[Report on the health of British troops in the Madras command]
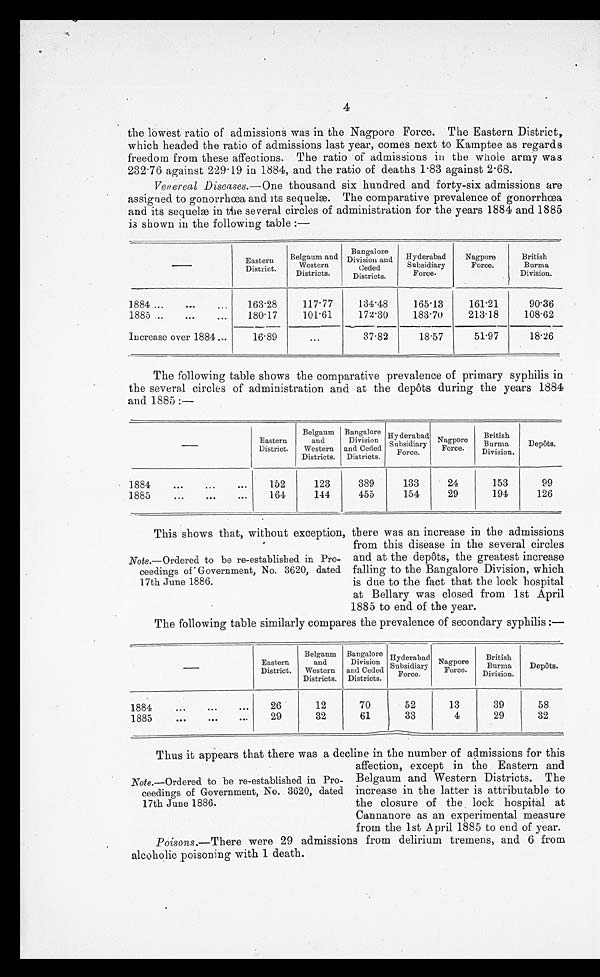
4
the lowest ratio of admissions was in the Nagpore Force. The Eastern District,
which headed the ratio of admissions last year, comes next to Kamptee as regards
freedom from these affections. The ratio of admissions in the whole army was
232.76 against 229.19 in 1884, and the ratio of deaths 1.83 against 2.68.
Venereal Diseases.— One thousand six hundred and forty-six admissions are
assigned to gonorrhœa and its sequelæ. The comparative prevalence of gonorrhœa
and its sequelæ in the several circles of administration for the years 1884 and 1885
is shown in the following table :—
Eastern
District.
Belgaum and
Western
Districts.
Bangalore
Division and
Ceded
Districts.
Hyderabad
Subsidiary
Force.
Nagpore
Force.
British
Burma
Division.
1884 . . .
163.28
117.77
134.48
165.13
161.21
90.36
1885 . . .
180.17
101.61
172.30
183.70
213.18
108.62
Increase over 1884 . . .
16.89
. . .
37.82
18.57
51.97
18.26
The following table shows the comparative prevalence of primary syphilis in
the several circles of administration and at the depôts during the years 1884
and 1885:—
Eastern
District.
Belgaum
and
Western
Districts.
Bangalore
Division
and Ceded
Districts.
Hyderabad
Subsidiary Nagpore
Force.
British
Burma
Division .
Depôts.
1884 . . .
152
123
389
133
24
153
99
1885. . .
164
144
455
154
29
194
126
Note .—Ordered to be re-established in Pro-
-ceedings of Government, No. 3620, dated
17th June 1886.
This shows that, without exception, there was an increase in the admissions
from this disease in the several circles
and at the depôts, the greatest increase
falling to the Bangalore Division, which
is due to the fact that the lock hospital
at Bellary was closed from 1st April
1885 to end of the year.
The following table similarly compares the prevalence of secondary syphilis :—
Eastern
District.
Belgaum
and
Western
Districts.
Bangalore
Division
and Ceded
Districts.
Hyderabad
Subsidiary
Force.
Nagpore
Force.
British
Burma
Division.
Depôts
1884 . . .
26
12
70
52
13
39
58
1885 . . .
29
32
61
33
4
29
32
Thus it appears that there was a decline in the number of admissions for this
Note .—Ordered to be re-established in Pro-
-ceedings of Government, No. 3620, dated
17th June 1886.
affection, except in the Eastern and
Belgaum and Western Districts. The
increase in the latter is attributable to
the closure of the lock hospital at
Cannanore as an experimental measure
from the 1st April 1885 to end of year.
Poisons .—There were 29 admissions from delirium tremens, and 6 from
alcoholic poisoning with 1 death.